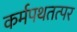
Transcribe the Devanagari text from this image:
कर्मपथतत्पर